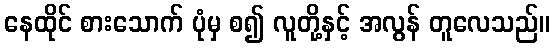
နေထိုင် စားသောက် ပုံမှ စ၍ လူတို့နှင့် အလွန် တူလေသည်။